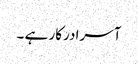
آسرا درکار ہے ۔